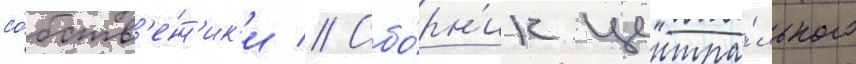
со́бств'енн'ик'и // Сбо́рн'ик центра́льного